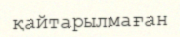
қайтарылмаған